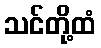
သင်တို့ထံ